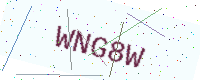
Text: WNG8W